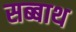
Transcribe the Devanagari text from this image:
सब्‍बाथ